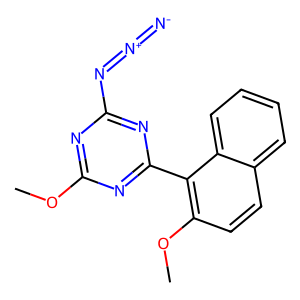
SMILES: COc1nc(N=[N+]=[N-])nc(-c2c(OC)ccc3ccccc23)n1
Inhibits HIV replication: No